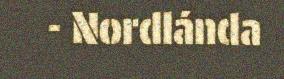
- Nordlánda